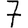
Digit: 7